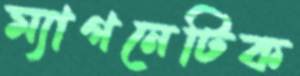
ম্যাগনেটিক